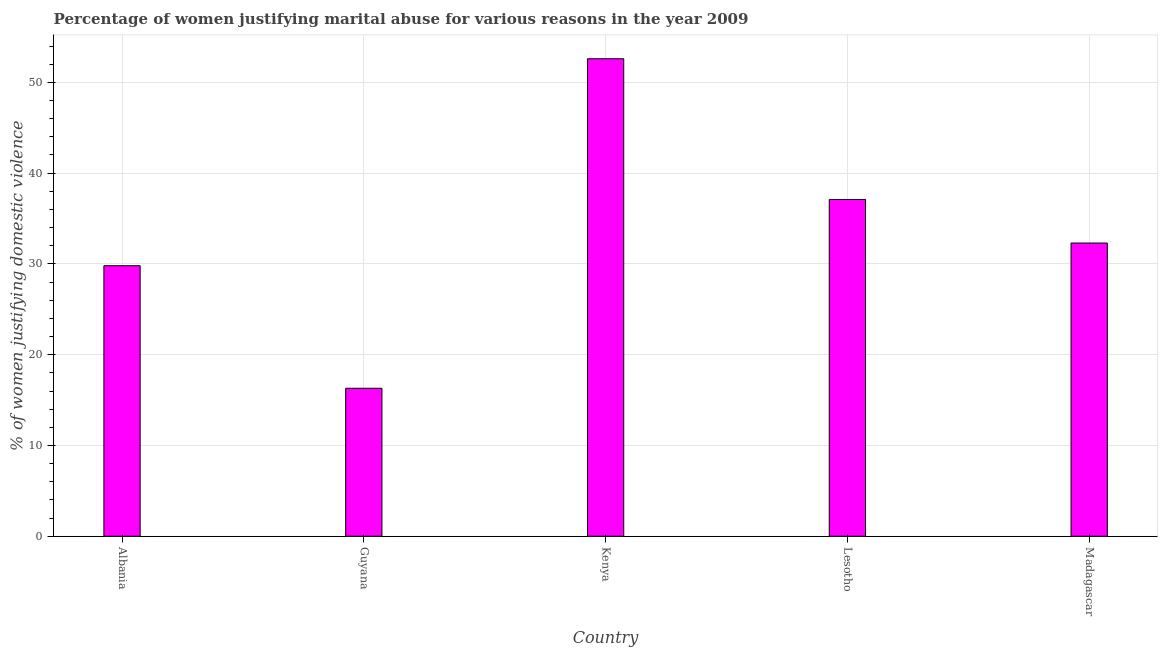
| Country | Physical abuse |
 | --- | --- |
 | Albania | 29.8 |
 | Guyana | 16.3 |
 | Kenya | 52.6 |
 | Lesotho | 37.1 |
 | Madagascar | 32.3 |